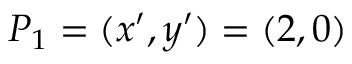
P _ { 1 } = ( x ^ { \prime } , y ^ { \prime } ) = ( 2 , 0 )